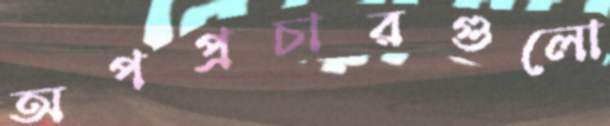
অপপ্রচারগুলো